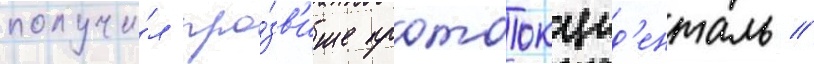
получи́л про́зв'ище протоокцид'енталь //